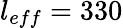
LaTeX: l_{eff}=330